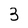
Character: 3